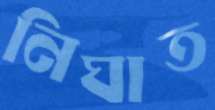
নিঘাত